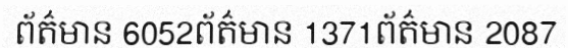
ព័ត៌មាន 6052ព័ត៌មាន 1371ព័ត៌មាន 2087